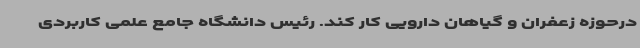
درحوزه زعفران و گیاهان دارویی کار کند. رئیس دانشگاه جامع علمی کاربردی